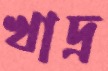
খাদ্র